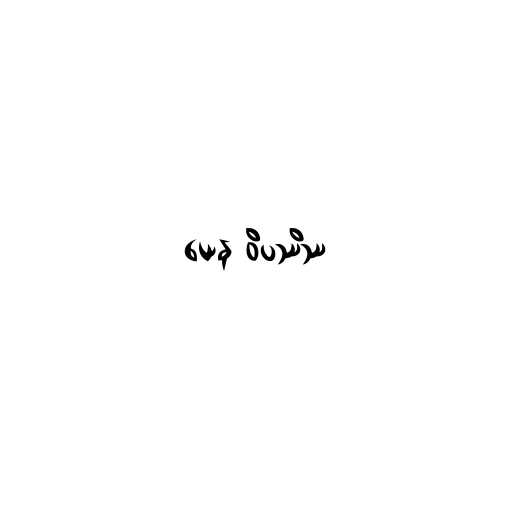
ယေန ဝိပဿိဿ